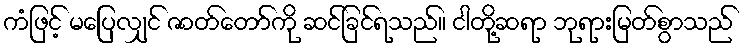
ကံဖြင့် မပြေလျှင် ဇာတ်တော်ကို ဆင်ခြင်ရသည်။ ငါတို့ဆရာ ဘုရားမြတ်စွာသည်